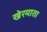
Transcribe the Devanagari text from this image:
खेरमाता